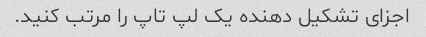
اجزای تشکیل دهنده یک لپ تاپ را مرتب کنید.